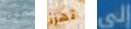
كل تهزأ إلى